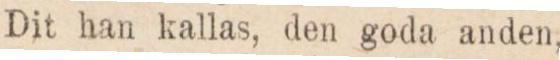
Dit han kallas, den goda anden,